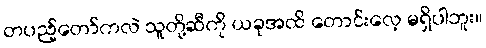
တပည့်တော်ကလဲ သူတို့ဆီကို ယခုအထိ တောင်းလေ့ မရှိပါဘူး။